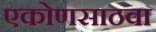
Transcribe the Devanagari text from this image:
एकोणसाठवा